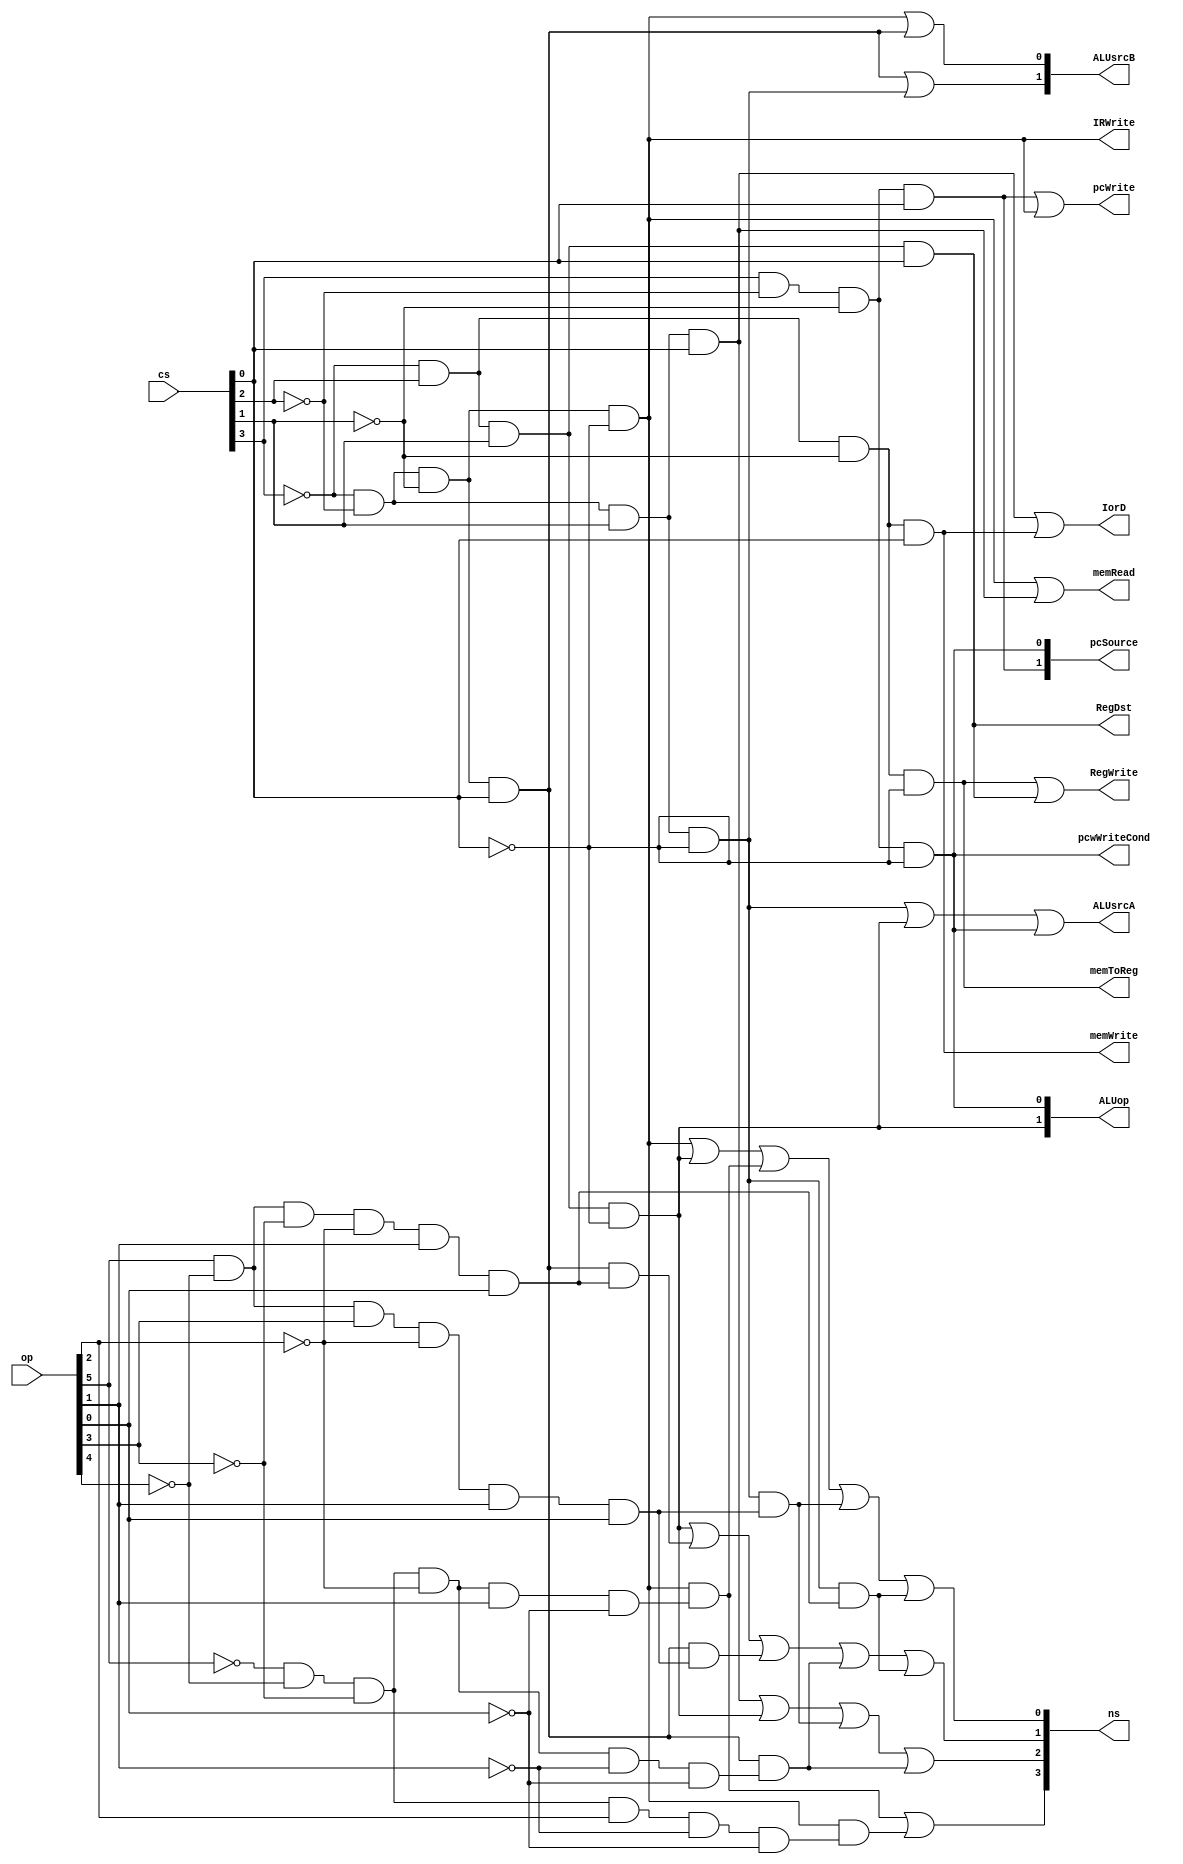
module controller(op, cs, pcWrite, pcwWriteCond, IorD, memRead, memWrite, IRWrite ,memToReg, pcSource, ALUop, ALUsrcB, ALUsrcA, RegWrite, RegDst, ns);
	input [5:0] op;
	input [3:0] cs;
	output pcWrite, pcwWriteCond, IorD, memRead, memWrite, IRWrite, memToReg, ALUsrcA, RegDst, RegWrite;
	output [1:0] pcSource, ALUsrcB, ALUop;
	output [3:0] ns;
	wire [9:0] cur;
	
	assign cur[0] = ~cs[3]&~cs[2]&~cs[1]&~cs[0];
	assign cur[1] = ~cs[3]&~cs[2]&~cs[1]&cs[0];
	assign cur[2] = ~cs[3]&~cs[2]& cs[1]&~cs[0];
	assign cur[3] = ~cs[3]&~cs[2]& cs[1]&cs[0];
	assign cur[4] = ~cs[3]& cs[2]&~cs[1]&~cs[0];
	assign cur[5] = ~cs[3]& cs[2]&~cs[1]&cs[0];
	assign cur[6] = ~cs[3]& cs[2]& cs[1]&~cs[0];
	assign cur[7] = ~cs[3]& cs[2]& cs[1]&cs[0];
	assign cur[8] =  cs[3]&~cs[2]&~cs[1]&~cs[0];
	assign cur[9] =  cs[3]&~cs[2]&~cs[1]&cs[0];
	assign pcWrite = cur[9] | cur[0];
	assign pcwWriteCond = cur[8];
	assign IorD = cur[3] |cur[5];
	assign memRead = cur[0] | cur[3];
	assign memWrite = cur[5];
	assign IRWrite = cur[0];
	assign memToReg = cur[4];
	assign pcSource[1] = cur[9];
	assign pcSource[0] = cur[8];
	assign ALUop[1] = cur[6];
	assign ALUop[0] = cur[8];
	assign ALUsrcB[1] = cur[1] | cur[2];
	assign ALUsrcB[0] = cur[0] | cur[1];
	assign ALUsrcA = cur[2] | cur[6] | cur[8];
	assign RegWrite = cur[4] | cur[7];
	assign RegDst = cur[7];
	assign ns[3] = (~cs[3]&~cs[2]&~cs[1]&~cs[0])&(~op[5]&~op[4]&~op[3]&~op[2]& op[1]&~op[0]) | (~cs[3]&~cs[2]&~cs[1]&~cs[0])&(~op[5]&~op[4]&~op[3]& op[2]&~op[1]&~op[0]);
	assign ns[2] = cur[3] | cur[6] | (~cs[3]&~cs[2]& cs[1]&~cs[0])&( op[5]&~op[4]& op[3]&~op[2]& op[1]& op[0]) | (~cs[3]&~cs[2]&~cs[1]&cs[0])&(~op[5]&~op[4]&~op[3]&~op[2]&~op[1]&~op[0]);
	assign ns[1] = cur[6] | (~cs[3]&~cs[2]&~cs[1]&cs[0])&(op[5]&~op[4]&~op[3]&~op[2]& op[1]&op[0]) | (~cs[3]&~cs[2]&~cs[1]&cs[0])&(op[5]&~op[4]&op[3]&~op[2]& op[1]&op[0])| (~cs[3]&~cs[2]&~cs[1]&cs[0])&(~op[5]&~op[4]&~op[3]&~op[2]&~op[1]&~op[0])|(~cs[3]&~cs[2]& cs[1]&~cs[0])&(op[5]&~op[4]&~op[3]&~op[2]& op[1]&op[0]);
	assign ns[0] = cur[0] | cur[6] | (~cs[3]&~cs[2]&~cs[1]&~cs[0])&(~op[5]&~op[4]&~op[3]&~op[2]& op[1]&~op[0]) | (~cs[3]&~cs[2]& cs[1]&~cs[0])&( op[5]&~op[4]& op[3]&~op[2]& op[1]& op[0]) | (~cs[3]&~cs[2]& cs[1]&~cs[0])&(op[5]&~op[4]&~op[3]&~op[2]& op[1]&op[0]);
	
endmodule